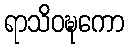
ရာသိဝဍ္ဎကော